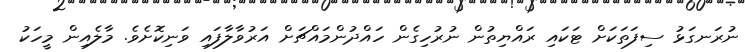
ނުރަނގަޅު ސިފަތަކަށް ޓަކައި ރައްޔިތުން ނުރުހިގެން ހައްދުންމައްޗަށް އަރުވާލާފައި ވަނިކޮށެވެ. މާލެއިން މީހަކު